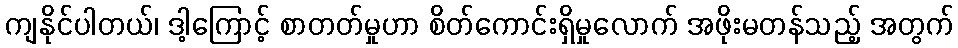
ကျနိုင်ပါတယ်၊ ဒါ့ကြောင့် စာတတ်မှုဟာ စိတ်ကောင်းရှိမှုလောက် အဖိုးမတန်သည့် အတွက်